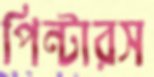
পিন্টারস